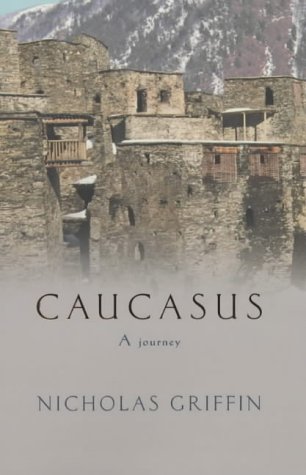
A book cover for Caucasus: A Journey in the Crucible of Civilisation; Nicholas Griffin; Travel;